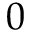
0